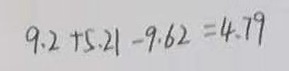
9 . 2 + 5 . 2 1 - 9 . 6 2 = 4 . 7 9